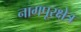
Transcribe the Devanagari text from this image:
नागपूरक्षेत्र